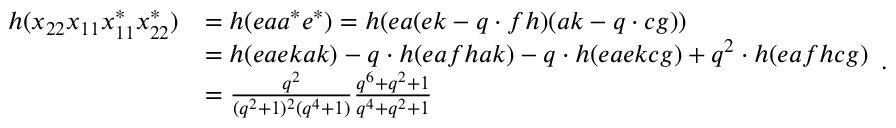
\begin{array} { r l } { h ( x _ { 2 2 } x _ { 1 1 } x _ { 1 1 } ^ { * } x _ { 2 2 } ^ { * } ) } & { = h ( e a a ^ { * } e ^ { * } ) = h ( e a ( e k - q \cdot f h ) ( a k - q \cdot c g ) ) } \\ & { = h ( e a e k a k ) - q \cdot h ( e a f h a k ) - q \cdot h ( e a e k c g ) + q ^ { 2 } \cdot h ( e a f h c g ) } \\ & { = \frac { q ^ { 2 } } { ( q ^ { 2 } + 1 ) ^ { 2 } ( q ^ { 4 } + 1 ) } \frac { q ^ { 6 } + q ^ { 2 } + 1 } { q ^ { 4 } + q ^ { 2 } + 1 } } \end{array} .